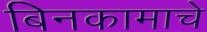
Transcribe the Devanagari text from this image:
बिनकामाचे